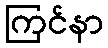
ကြင်နာ